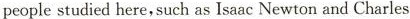
peoplestudied here,such as Isaac Newton and Charles